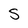
Character: S